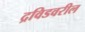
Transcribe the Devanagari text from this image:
द्रविडवरील